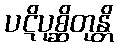
ပဋိပုစ္ဆိတုန္တိ